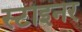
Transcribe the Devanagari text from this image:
स्टाइनर